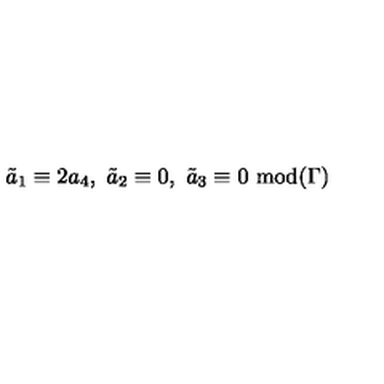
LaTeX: \tilde { a } _ { 1 } \equiv 2 a _ { 4 } , \ \tilde { a } _ { 2 } \equiv 0 , \ \tilde { a } _ { 3 } \equiv 0 \ \mathrm { m o d } ( \Gamma )